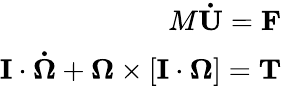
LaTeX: \begin{array}{r}{M\mathbf{\dot{U}}=\mathbf{F}}\\ {\mathbf{I}\cdot\mathbf{\dot{\Omega}}+\mathbf{\Omega}\times[\mathbf{I}\cdot\mathbf{\Omega}]=\mathbf{T}}\end{array}